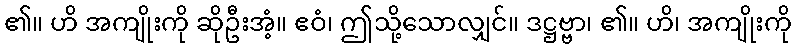
၏။ ဟိ အကျိုးကို ဆိုဦးအံ့။ ဧဝံ၊ ဤသို့သောလျှင်။ ဒဋ္ဌဗ္ဗာ၊ ၏။ ဟိ၊ အကျိုးကို